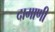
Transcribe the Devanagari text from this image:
दामाणी